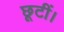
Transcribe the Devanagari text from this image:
छूटीं।